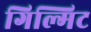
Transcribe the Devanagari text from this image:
गिल्गिट